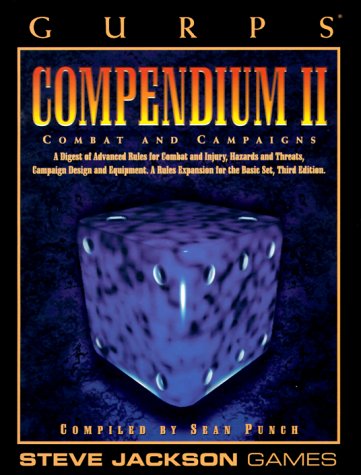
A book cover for GURPS Compendium II (GURPS: Generic Universal Role Playing System); Sean Punch; Science Fiction & Fantasy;